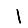
Digit: 1